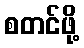
စတင်ဖို့